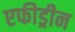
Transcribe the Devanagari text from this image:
एफीड्रीन